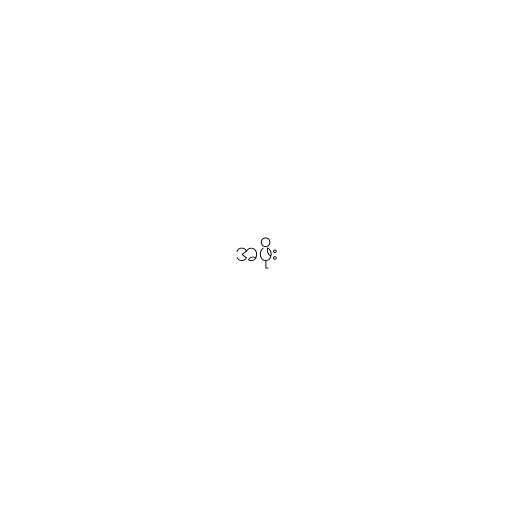
အဖိုး